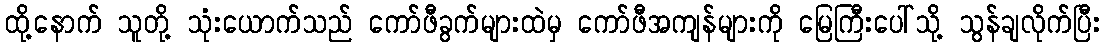
ထို့နောက် သူတို့ သုံးယောက်သည် ကော်ဖီခွက်များထဲမှ ကော်ဖီအကျန်များကို မြေကြီးပေါ်သို့ သွန်ချလိုက်ပြီး